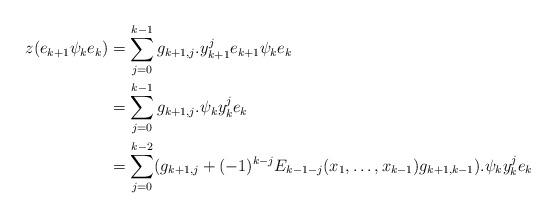
LaTeX: \begin{align*}z(e_{k+1} \psi_k e_k) &= \sum_{j=0}^{k-1} g_{k+1,j} .y_{k+1}^j e_{k+1} \psi_k e_k \\&= \sum_{j=0}^{k-1} g_{k+1,j} .\psi_k y_k^j e_k \\&= \sum_{j=0}^{k-2} (g_{k+1,j}+ (-1)^{k-j} E_{k-1-j}(x_1, \ldots, x_{k-1}) g_{k+1,k-1} ) .\psi_k y_k^j e_k\end{align*}